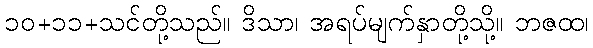
၁၀+၁၁+သင်တို့သည်။ ဒိသာ၊ အရပ်မျက်နှာတို့သို့။ ဘဇထ၊